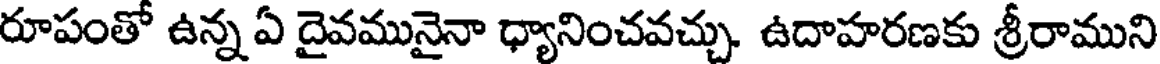
రూపంతో ఉన్న ఏ దైవమునైనా ధ్యానించవచ్చు. ఉదాహరణకు శ్రీరాముని